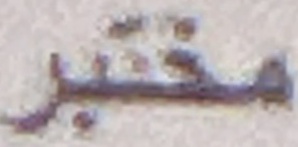
مختبر